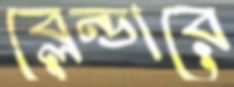
ব্লেন্ডারে